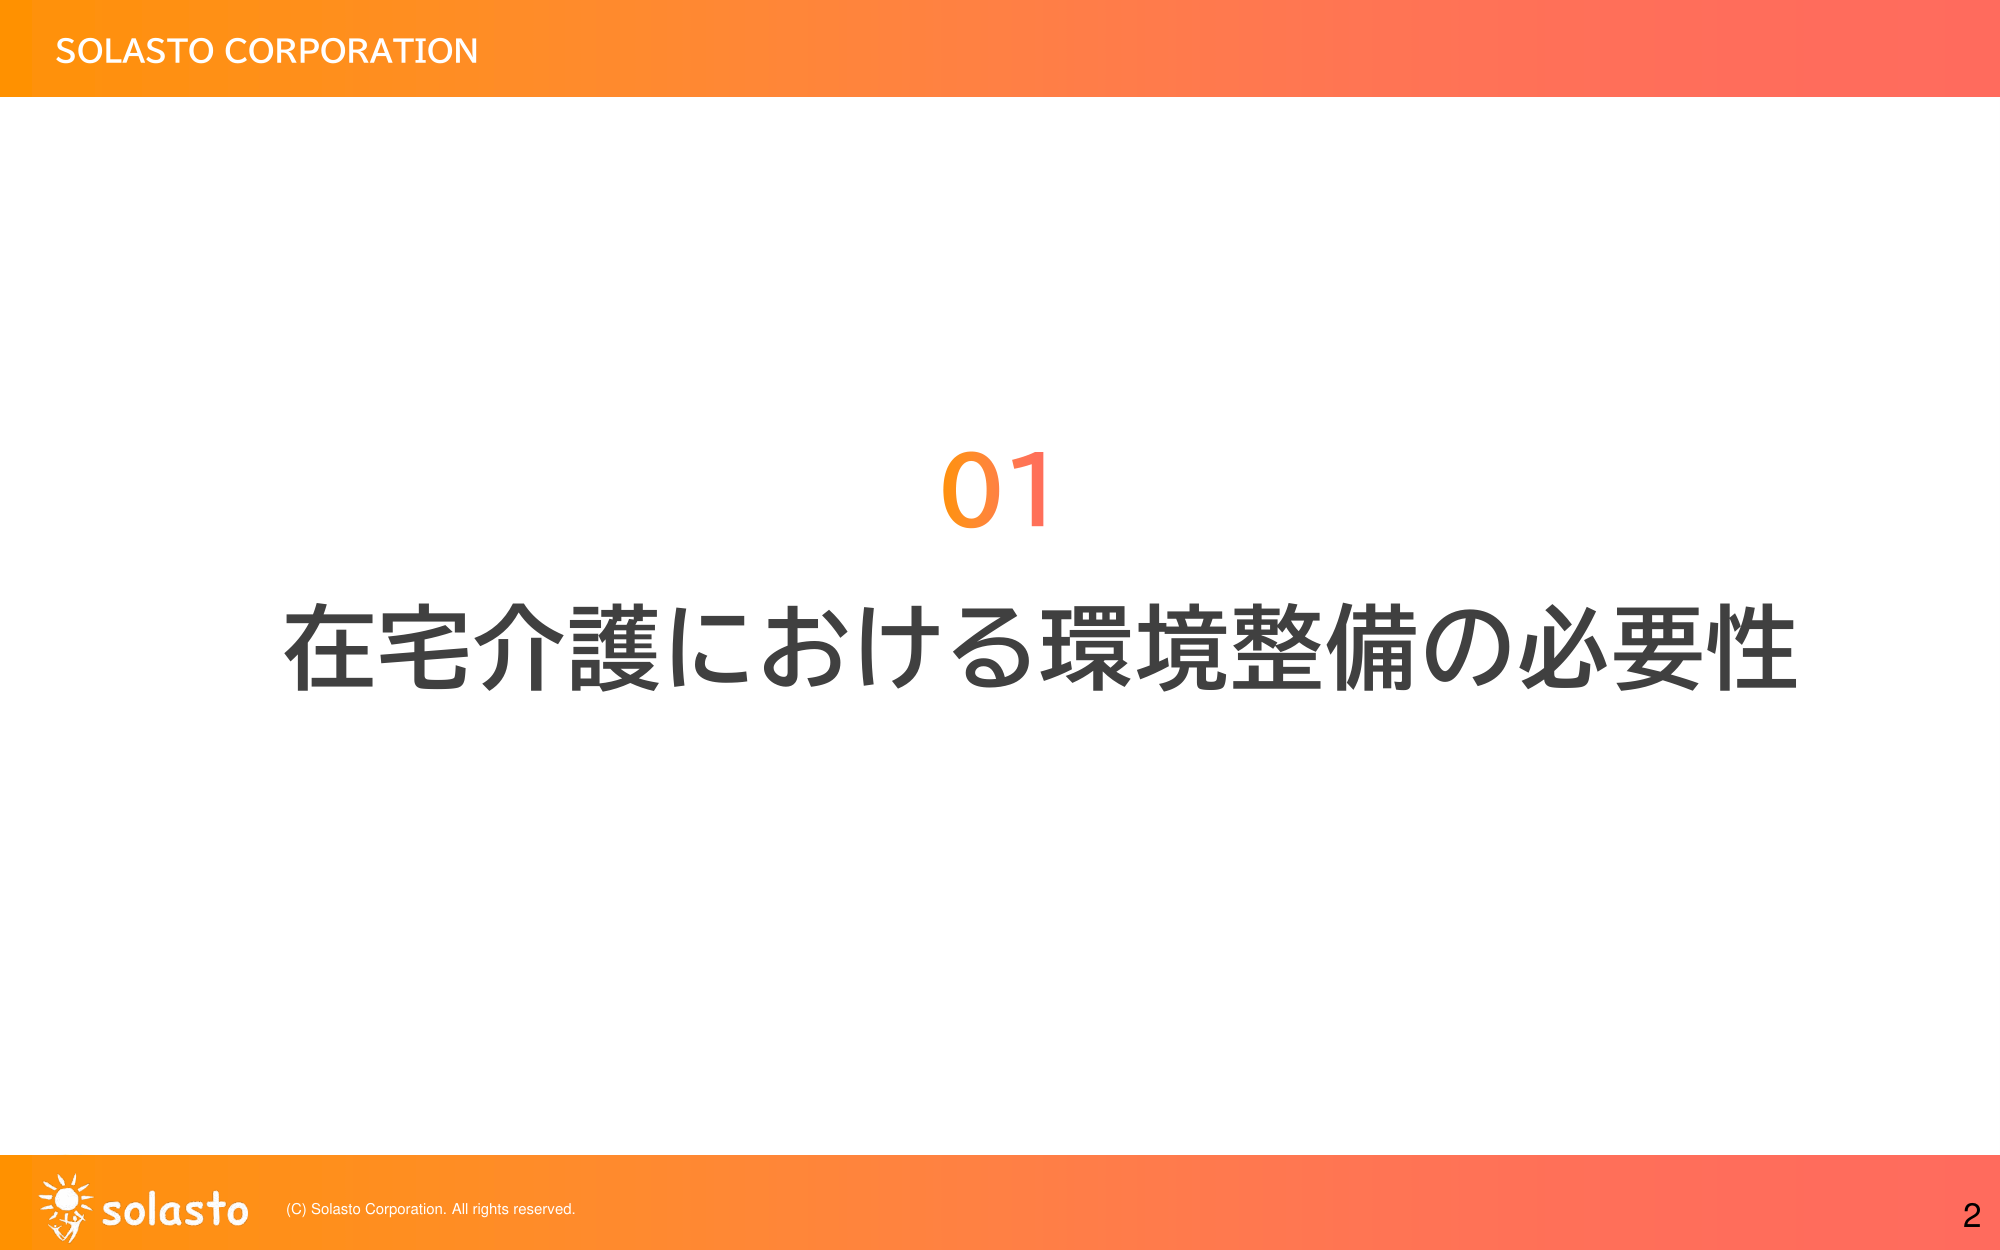
SOLASTO CORPORATION
01
在宅介護における環境整備の必要性
solasto (C) Solasto Corporation. All rights reserved.
2